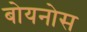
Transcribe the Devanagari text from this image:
बोयनोस